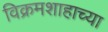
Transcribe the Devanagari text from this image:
विक्रमशाहाच्या